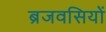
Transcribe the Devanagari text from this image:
ब्रजवसियों